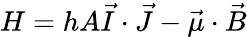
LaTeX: H=hA{\vec{I}}\cdot{\vec{J}}-{\vec{\mu}}\cdot{\vec{B}}